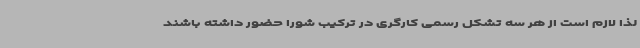
لذا لازم است از هر سه تشکل رسمی کارگری در ترکیب شورا حضور داشته باشند